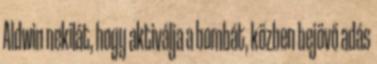
Aldwin nekilát, hogy aktiválja a bombát, közben bejövő adás